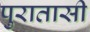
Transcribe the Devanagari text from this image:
पुरातासी